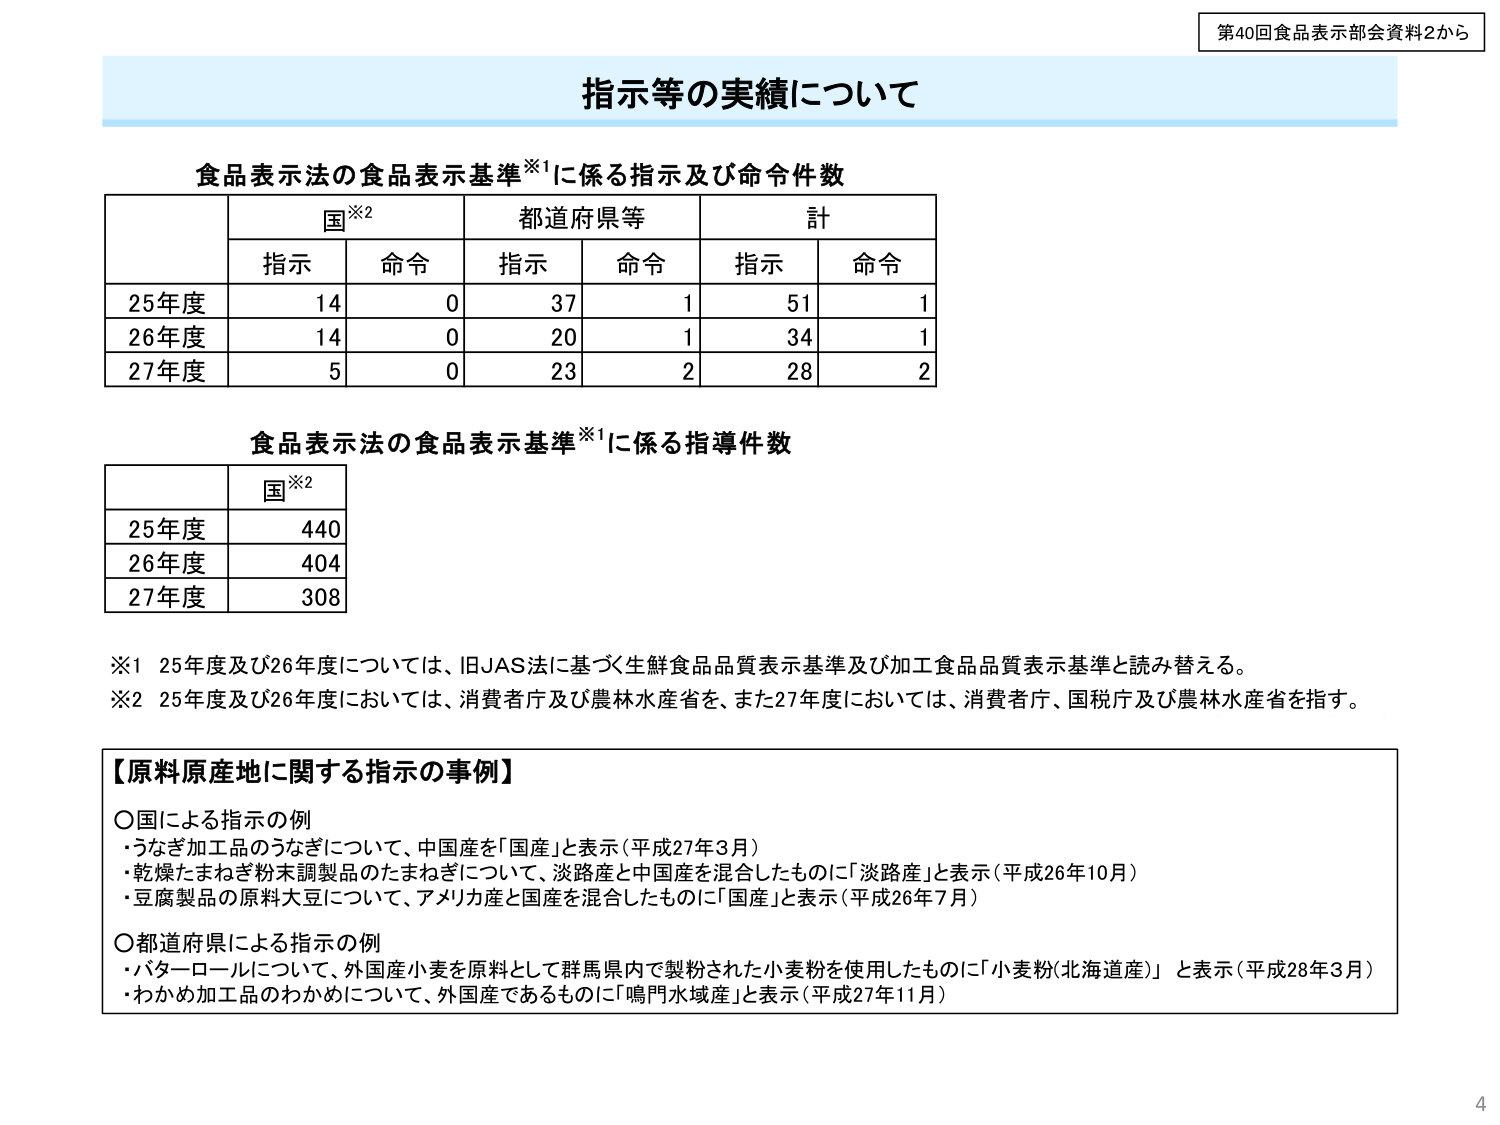
第40回食品表示部会資料2から

指示等の実績について

食品表示法の食品表示基準※1に係る指示及び命令件数

国※2　都道府県等　計
指示　命令　指示　命令　指示　命令
25年度　14　0　37　1　51　1
26年度　14　0　20　1　34　1
27年度　5　0　23　2　28　2

食品表示法の食品表示基準※1に係る指導件数

国※2
25年度　440
26年度　404
27年度　308

※1 25年度及び26年度については、旧JAS法に基づく生鮮食品品質表示基準及び加工食品品質表示基準と読み替える。
※2 25年度及び26年度においては、消費者庁及び農林水産省を、また27年度においては、消費者庁、国税庁及び農林水産省を指す。

【原料原産地に関する指示の事例】

○国による指示の例
・うなぎ加工品のうなぎについて、中国産を「国産」と表示（平成27年3月）
・乾燥たまねぎ粉末調製品のたまねぎについて、淡路産と中国産を混合したものに「淡路産」と表示（平成26年10月）
・豆腐製品の原料大豆について、アメリカ産と国産を混合したものに「国産」と表示（平成26年7月）

○都道府県による指示の例
・バターロールについて、外国産小麦を原料として群馬県内で製粉された小麦粉を使用したものに「小麦粉（北海道産）」と表示（平成28年3月）
・わかめ加工品のわかめについて、外国産であるものに「鳴門水域産」と表示（平成27年11月）

4